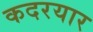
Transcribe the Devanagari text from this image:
कदरयार